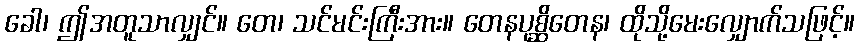
ခေါ၊ ဤအတူသာလျှင်။ တေ၊ သင်မင်းကြီးအား။ တေနပုစ္ဆိတေန၊ ထိုသို့မေးလျှောက်သဖြင့်။